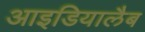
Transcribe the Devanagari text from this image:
आइडियालैब